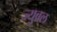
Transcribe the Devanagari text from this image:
ज्युबल